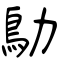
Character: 鳨